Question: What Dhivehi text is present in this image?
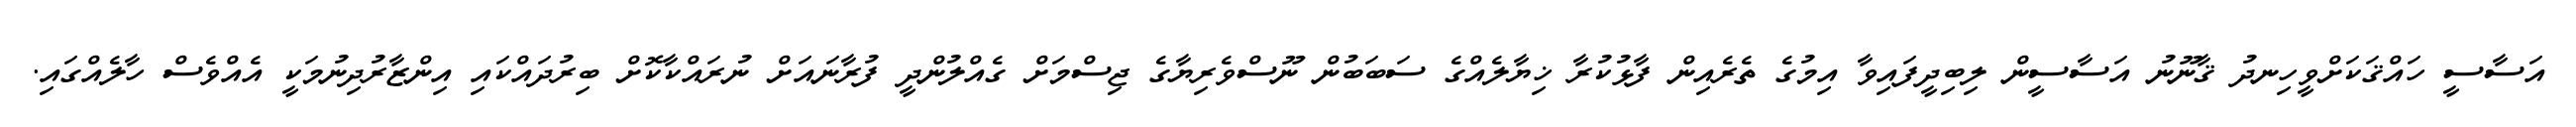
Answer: އަސާސީ ހައްޤަކަށްވީހިނދު ޤާނޫނު އަސާސީން ލިބިދީފައިވާ އިމުގެ ތެރެއިން ފާޅުކުރާ ޚިޔާލެއްގެ ސަބަބުން ނޫސްވެރިޔާގެ ޖިސްމަށް ގެއްލުންދީ ފުރާނައަށް ނުރައްކާކޮށް ބިރުދައްކައި އިންޒާރުދިނުމަކީ އެއްވެސް ހާލެއްގައި.